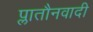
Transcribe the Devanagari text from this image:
प्लातौनवादी